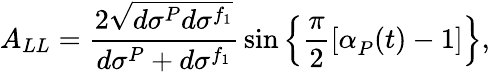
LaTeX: A_{LL}=\frac{2\sqrt{d\sigma^{P}d\sigma^{f_{1}}}}{d\sigma^{P}+d\sigma^{f_{1}}}\, \sin\left\{ \frac{\pi}{2}[\alpha_{P}^{}(t)-1]\right\} ,